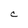
Character: C